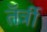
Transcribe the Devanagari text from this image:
तॅर्त्री